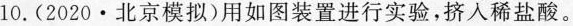
10.(2020·北京模拟)用如图装置进行实验，挤入稀盐酸。